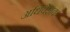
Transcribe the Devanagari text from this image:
अधिवेशक